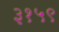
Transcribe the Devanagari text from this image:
३१५९